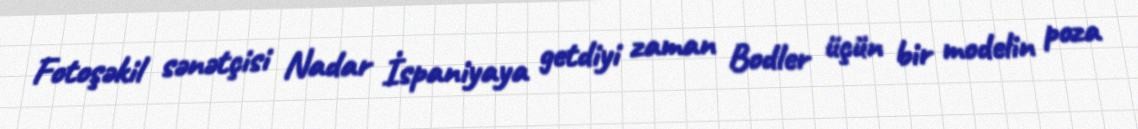
Fotoşəkil sənətçisi Nadar İspaniyaya getdiyi zaman Bodler üçün bir modelin poza